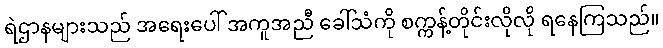
ရဲဌာနများသည် အရေးပေါ် အကူအညီ ခေါ်သံကို စက္ကန့်တိုင်းလိုလို ရနေကြသည်။